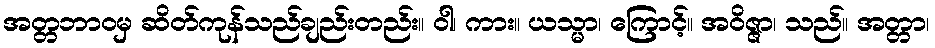
အတ္တဘာဝမှ ဆိတ်ကုန်သည်ချည်းတည်း။ ဝါ၊ ကား။ ယသ္မာ၊ ကြောင့်။ အဝိဇ္ဇာ၊ သည်။ အတ္တာ၊